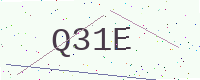
Text: Q31E